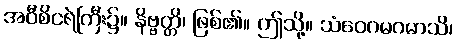
အဝီစိငရဲကြီး၌။ နိဗ္ဗတ္တိ၊ ဖြစ်၏။ ဤသို့။ သံဝေဂမဂမာသိ၊